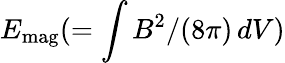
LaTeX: E_{\mathrm{mag}}(=\int B^{2}/(8\pi)\, dV)